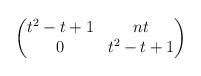
LaTeX: \begin{align*}\begin{pmatrix} t^2 - t + 1 & n t \\ 0 & t^2 - t + 1 \end{pmatrix}\end{align*}